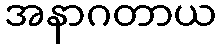
အနာဂတာယ